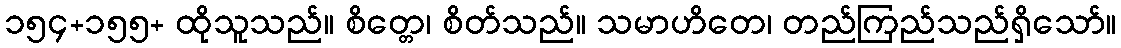
၁၅၄+၁၅၅+ ထိုသူသည်။ စိတ္တေ၊ စိတ်သည်။ သမာဟိတေ၊ တည်ကြည်သည်ရှိသော်။